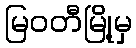
မြဝတီမြို့မှ